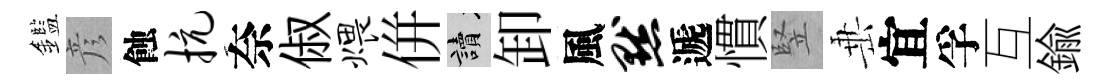
鑑彦蝕抗奈俶煨併讀卸風默遞慣竪𡸁宜孚互鍮